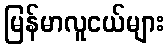
မြန်မာလူငယ်များ